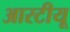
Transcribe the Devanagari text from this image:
आरटीयू